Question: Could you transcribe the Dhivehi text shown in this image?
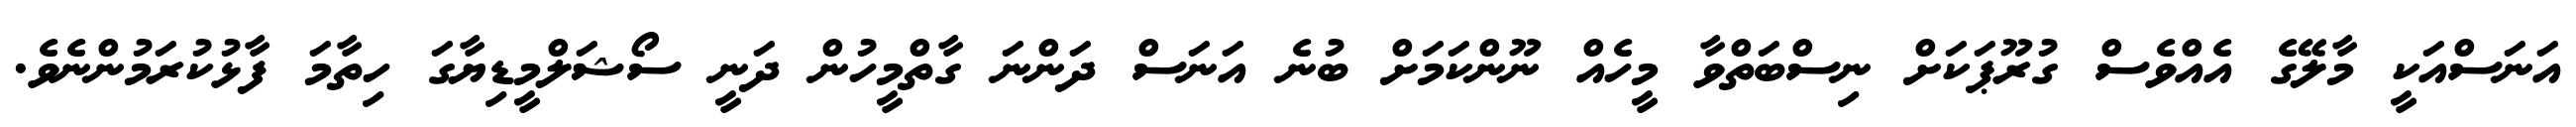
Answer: އަނަސްއަކީ މާލޭގެ އެއްވެސް ގުރޫޕަކަށް ނިސްބަތްވާ މީހެއް ނޫންކަމަށް ބުނެ އަނަސް ދަންނަ ގާތްމީހުން ދަނީ ސޯޝަލްމީޑިޔާގަ ހިތާމަ ފާޅުކުރަމުންނެވެ.